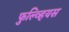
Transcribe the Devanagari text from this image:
फुल्व्हियस